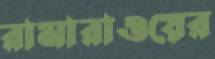
রামারাওয়ের